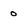
Character: 0